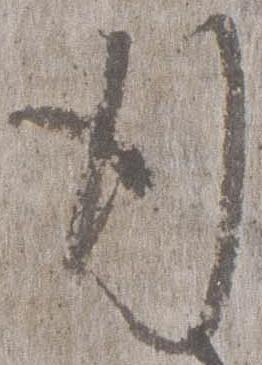
行